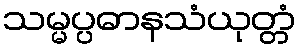
သမ္မပ္ပဓာနသံယုတ္တံ